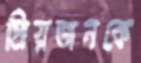
প্রিয়জনকে